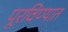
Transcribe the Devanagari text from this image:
पूरविण्यात